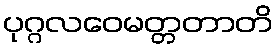
ပုဂ္ဂလဝေမတ္တတာတိ